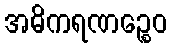
အဓိကရဏဉ္စေဝ